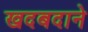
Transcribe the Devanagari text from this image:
खदबदाने